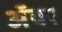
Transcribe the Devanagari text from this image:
अॅवर